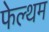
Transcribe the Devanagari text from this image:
फेल्थम